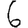
Digit: 6